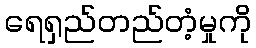
ရေရှည်တည်တံ့မှုကို